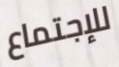
للإجتماع